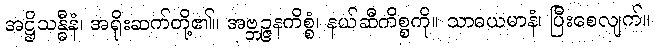
အဋ္ဌိသန္ဓီနံ၊ အရိုးဆက်တို့၏။ အဗ္ဘဉ္ဇနကိစ္စံ၊ နယ်ဆီကိစ္စကို။ သာဓယမာနံ၊ ပြီးစေလျက်။